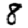
Digit: 8